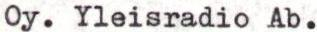
Oy. Yleisradio Ab.